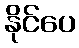
နိုင်ပေ